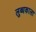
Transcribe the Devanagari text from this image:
लुब्धकाला